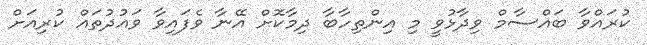
ކުރައްވާ ބައްސާމް ވިދާޅުވީ މި އިންތިހާބާ ދިމާކޮށް އޭނާ ވެފައިވާ ވައުދުތައް ކުރިއަށް